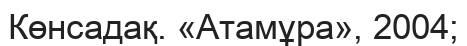
Көнсадақ. «Атамұра», 2004;